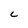
Character: C